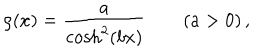
LaTeX: \rho ( x ) = \frac { a } { \cosh ^ { 2 } ( b x ) } \qquad ( a > 0 ) \, ,